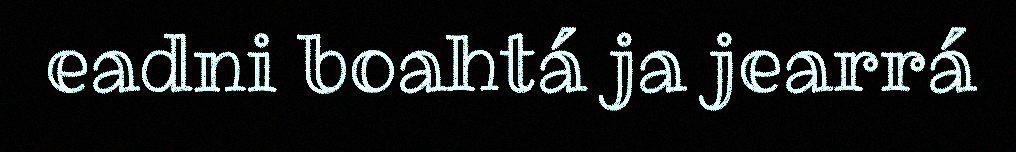
eadni boahtá ja jearrá